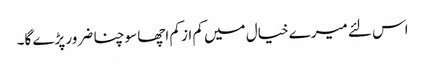
اس لئے میرے خیال میں کم از کم اچھا سوچنا ضرور پڑے گا۔